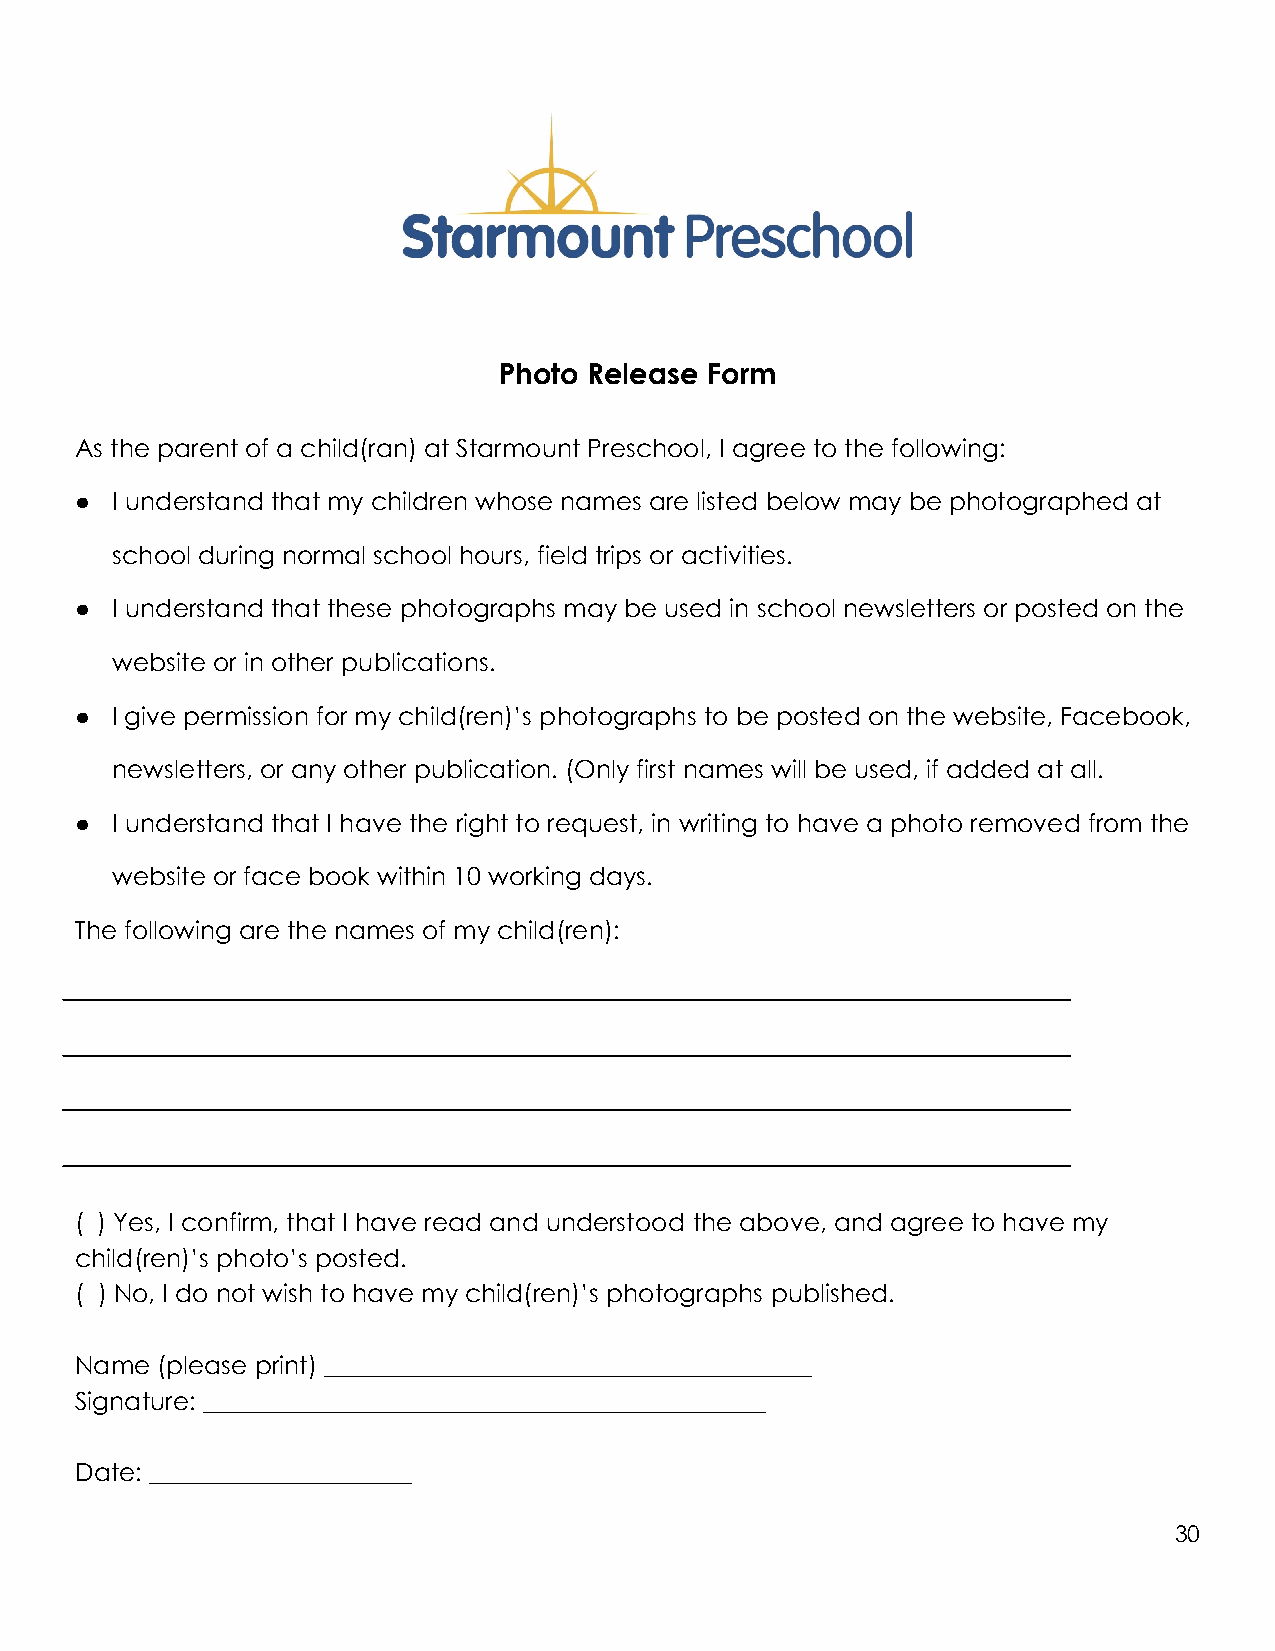
Photo Release Form
 As the parent of a child(ran) at Starmount Preschool, I agree to the following:
 ● I understand that my children whose names are listed below may be photographed at
 school during normal school hours, field trips or activities.
 ● I understand that these photographs may be used in school newsletters or posted on the
 website or in other publications.
 ● I give permission for my child(ren)’s photographs to be posted on the website, Facebook,
 newsletters, or any other publication. (Only first names will be used, if added at all.
 ● I understand that I have the right to request, in writing to have a photo removed from the
 website or face book within 10 working days.
 The following are the names of my child(ren):
 ( ) Yes, I confirm, that I have read and understood the above, and agree to have my
 child(ren)’s photo’s posted.
 ( ) No, I do not wish to have my child(ren)’s photographs published.
 Name (please print) _______________________________________
 Signature: _____________________________________________
 Date: _____________________
 30